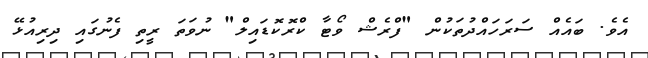
އެވެ. ބައެއް ސަރަހައްދުތަކުން "ފްރެޝް ވޯޓާ ކްރޮކޮޑައިލް" ނުވަތަ ރީތި ފެނުގައި ދިރިއުޅޭ